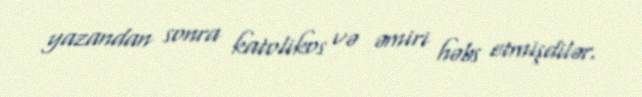
yazandan sonra katolikos və əmiri həbs etmişdilər.